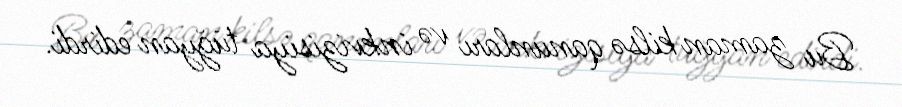
Bu zaman kilsə qanunları və inkvizisiya tüğyan edirdi.